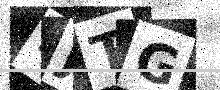
Text: SJTG